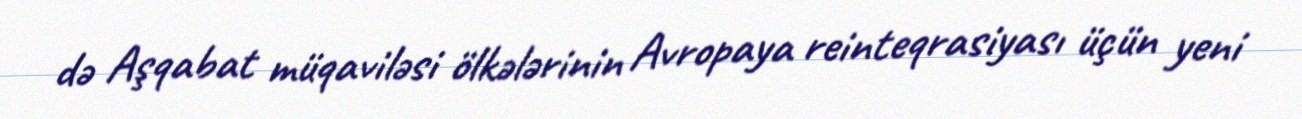
də Aşqabat müqaviləsi ölkələrinin Avropaya reinteqrasiyası üçün yeni